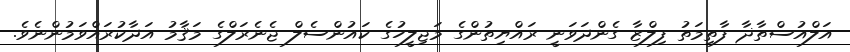
އަލްއުސްތާޛާ ފާތިމަތު ފިލްޒާ ގެންދަވަނީ ރައްޔިތުންގެ މަޖިލީހުގެ ކައުންސެލް ޖެނެރަލްގެ މަޤާމު އަދާކުރައްވަމުންނެވެ.